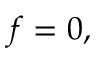
f = 0 ,